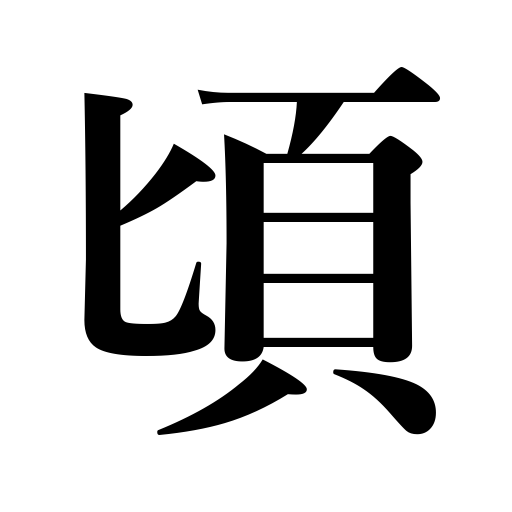
Meanings: time,period,about regarding time